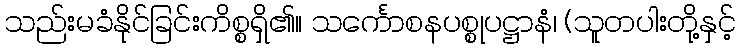
သည်းမခံနိုင်ခြင်းကိစ္စရှိ၏။ သင်္ကောစနပစ္စုပဋ္ဌာနံ၊ (သူတပါးတို့နှင့်